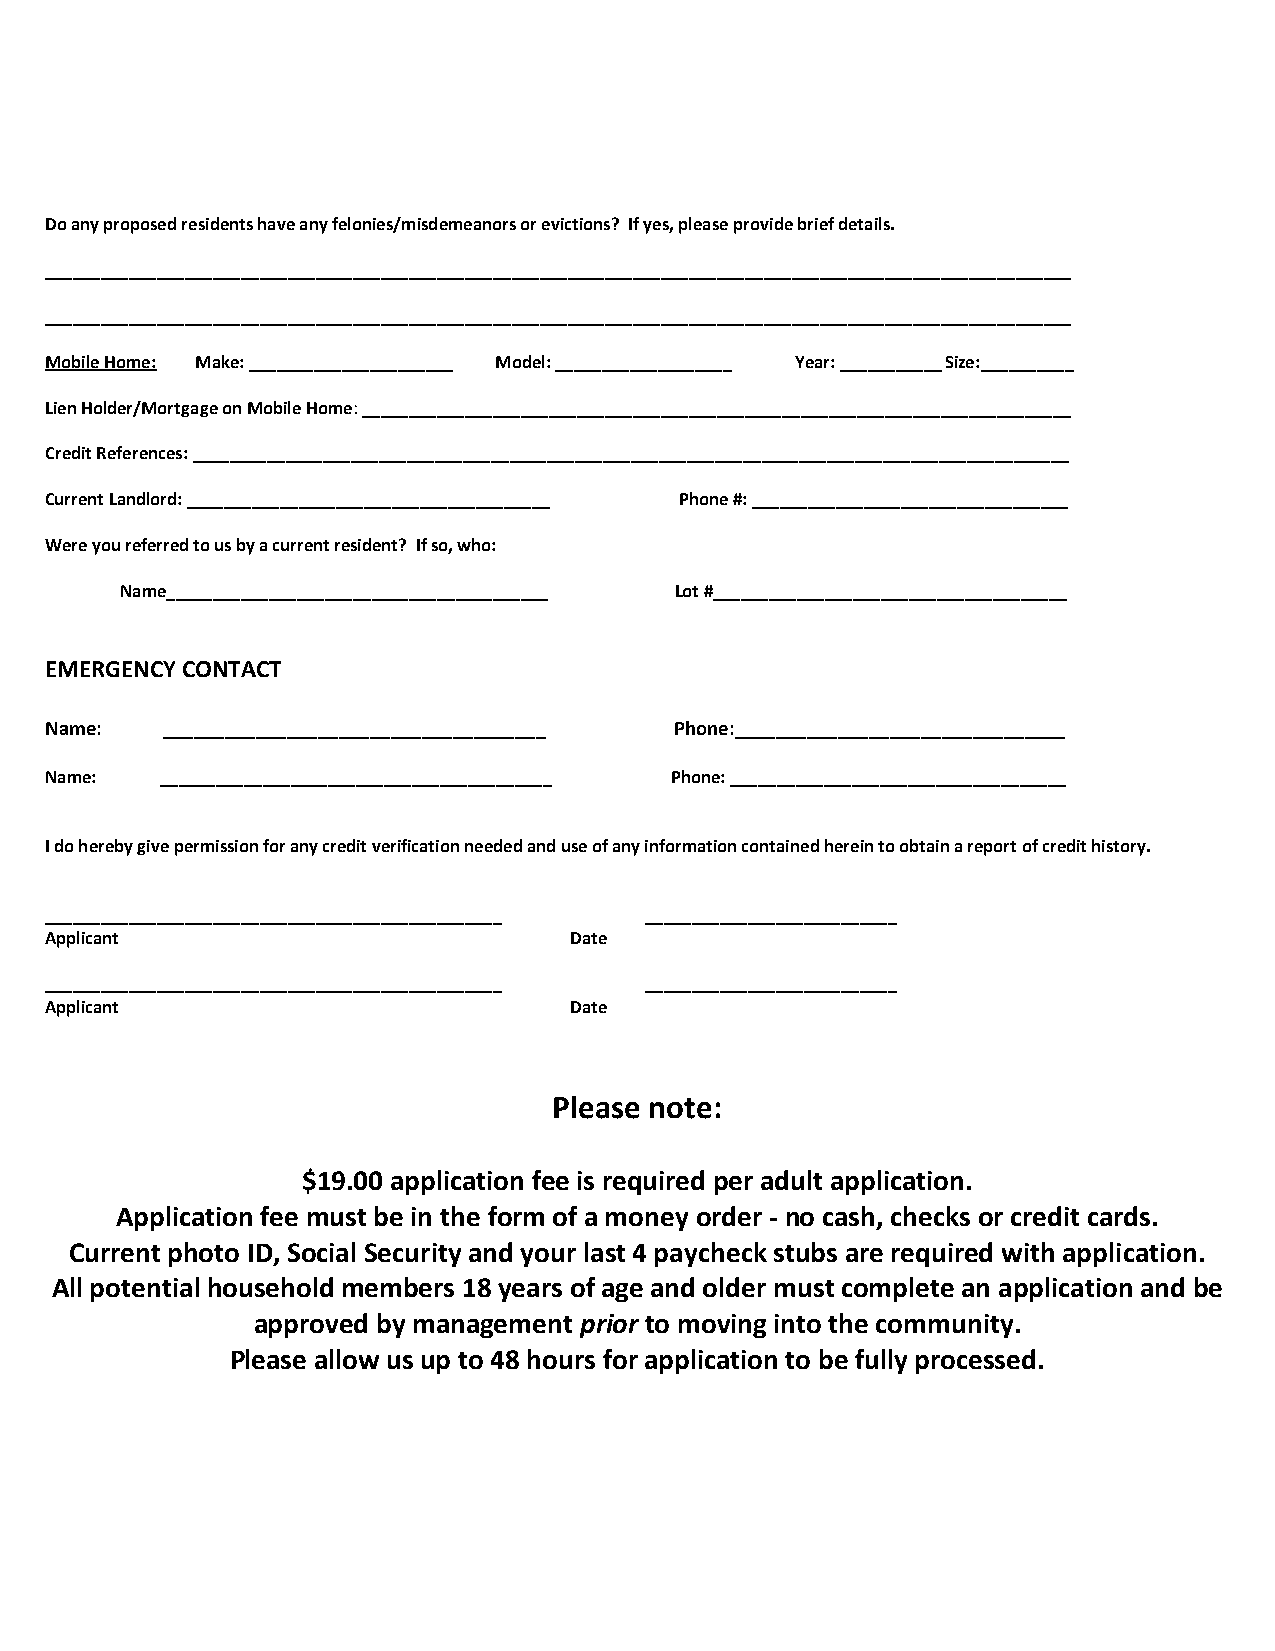
Do any proposed residents have any felonies/misdemeanors or evictions? If yes, please provide brief details.
 ______________________________________________________________________________________________________________
 ______________________________________________________________________________________________________________
 Mobile Home: Make: ______________________ Model: ___________________ Year: ___________ Size:__________
 Lien Holder/Mortgage on Mobile Home: ____________________________________________________________________________
 Credit References: ______________________________________________________________________________________________
 Current Landlord: _______________________________________ Phone #: __________________________________
 Were you referred to us by a current resident? If so, who:
 Name_________________________________________ Lot #______________________________________
 EMERGENCY CONTACT
 Name:   _____________________________________ Phone:________________________________
 Name:   __________________________________________ Phone: ____________________________________
 I do hereby give permission for any credit verification needed and use of any information contained herein to obtain a report of credit history.
 _________________________________________________ ___________________________
 Applicant                          Date
 _________________________________________________ ___________________________
 Applicant                          Date
 Please note:
 $19.00 application fee is required per adult application.
 Application fee must be in the form of a money order - no cash, checks or credit cards.
 Current photo ID, Social Security and your last 4 paycheck stubs are required with application.
 All potential household members 18 years of age and older must complete an application and be
 approved by management prior to moving into the community.
 Please allow us up to 48 hours for application to be fully processed.